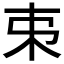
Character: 𠀟